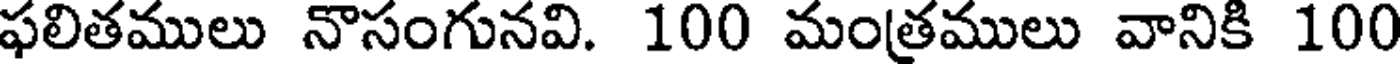
ఫలితములు నొసంగునవి. 100 మంత్రములు వానికి 100